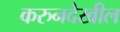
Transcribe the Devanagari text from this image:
करुनदेखील